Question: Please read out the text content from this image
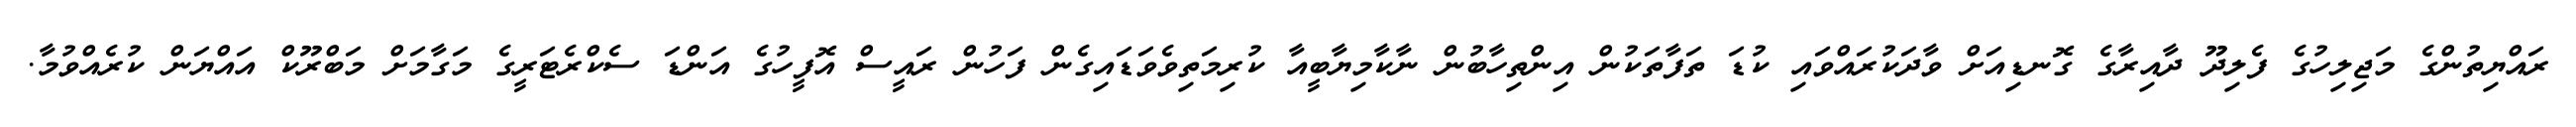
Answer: ރައްޔިތުންގެ މަޖިލިހުގެ ފެލިދޫ ދާއިރާގެ ގޮނޑިއަށް ވާދަކުރައްވައި ކުޑަ ތަފާތަކުން އިންތިހާބުން ނާކާމިޔާބީއާ ކުރިމަތިވެވަޑައިގެން ފަހުން ރައީސް އޮފީހުގެ އަންޑަ ސެކްރެޓަރީގެ މަގާމަށް މަބްރޫކް އައްޔަން ކުރެއްވުމާ.